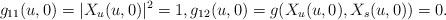
LaTeX: \begin{align*}g_{11}(u,0)=|X_u(u,0)|^2=1,g_{12}(u,0)=g(X_u(u,0),X_s(u,0))=0.\end{align*}